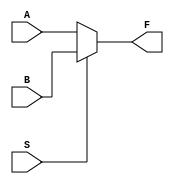
//2x1 Mux
module Mux_2x1(
    input A, B, S,
    output F
);
    assign F = (S == 1'b0) ? A : B;
endmodule

// 3-Bit Comparator using Multiplexers
module comparator_3bit (
    input [2:0] A, B,
    output E, L, G
);
    wire W1, W2, W3, W4, W5, W6;
    wire X = 1'b0;
    
 Mux_2x1 M1(.F(W1), .A(A[0]), .B(B[0]), .S(A[0] ^ B[0]));
 Mux_2x1 M2(.F(W2), .A(A[1]), .B(B[1]), .S((A[1] ^ B[1]) & ~W1));
 Mux_2x1 M3(.F(W3), .A(A[2]), .B(B[2]), .S((A[2] ^ B[2]) & ~W1 & ~W2));
//Less Value
 Mux_2x1 M4(.F(W4), .A(W3), .B(X), .S(W3));
 Mux_2x1 M5(.F(W5), .A(W2), .B(W4), .S(W2));
 Mux_2x1 M6(.F(L), .A(W1), .B(W5), .S(W1));
//Equal Value
 Mux_2x1 M7(.F(W6), .A(X), .B(W1), .S(W2));
 Mux_2x1 M8(.F(E), .A(X), .B(W6), .S(W3));
//Greater Value
assign G = ~(L | E);
endmodule